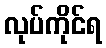
လုပ်ကိုင်ရ